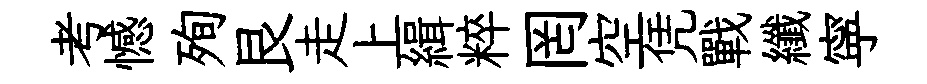
考憾殉艮走上緝粹罔空凭戰纖寜